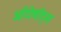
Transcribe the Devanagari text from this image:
ऑटोबॉट्स